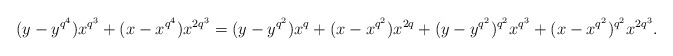
\begin{align*}(y-y^{q^4})x^{q^3}+(x-x^{q^4})x^{2q^3}=(y-y^{q^2})x^{q}+(x-x^{q^2})x^{2q}+(y-y^{q^2})^{q^2}x^{q^3}+(x-x^{q^2})^{q^2}x^{2q^3}.\end{align*}